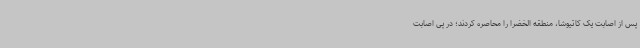
پس از اصابت یک کاتیوشا، منطقه الخضرا را محاصره کردند؛ در پی اصابت